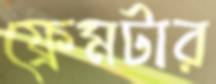
ফ্রেমটার